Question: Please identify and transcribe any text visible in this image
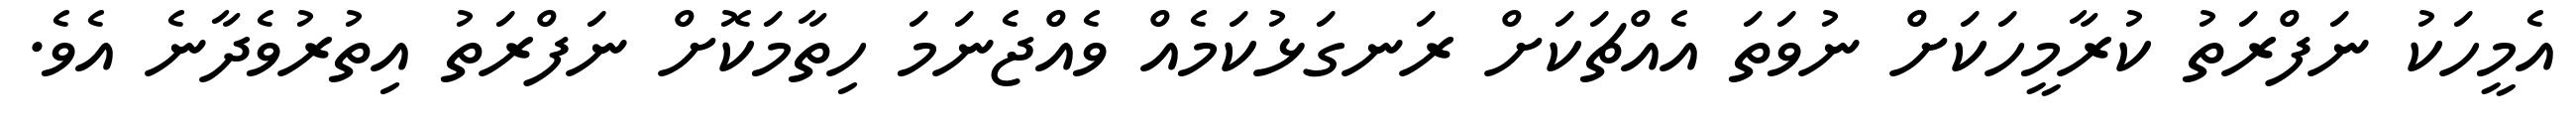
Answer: އެމީހަކު ނަފްރަތު ކުރާމީހަކަށް ނުވަތަ އެއްޗަކަށް ރަނގަޅުކަމެއް ވެއްޖެނަމަ ހިތާމަކޮށް ނަފްރަތު އިތުރުވެދާނެ އެވެ.